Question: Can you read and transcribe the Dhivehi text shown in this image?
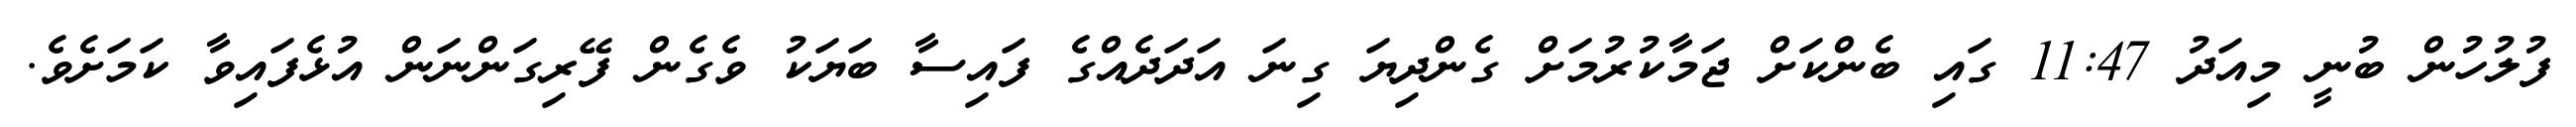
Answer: ފުލުހުން ބުނީ މިއަދު 11:47 ގައި ބެންކަށް ޖަމާކުރުމަށް ގެންދިޔަ ގިނަ އަދަދެއްގެ ފައިސާ ބަޔަކު ވެގެން ފޭރިގަންނަން އުޅެފައިވާ ކަމަށެވެ.